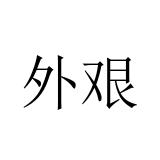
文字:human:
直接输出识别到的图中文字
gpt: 外艰